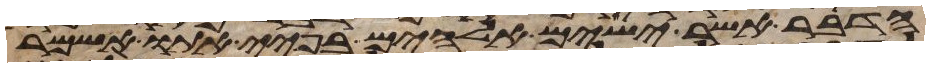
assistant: הדבר אשר ישים אלהים בפיי אתו אשמר